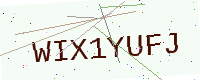
Text: WIX1YUFJ